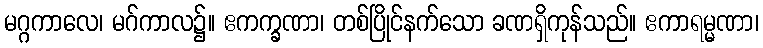
မဂ္ဂကာလေ၊ မဂ်ကာလ၌။ ဧကက္ခဏာ၊ တစ်ပြိုင်နက်သော ခဏရှိကုန်သည်။ ဧကာရမ္မဏာ၊